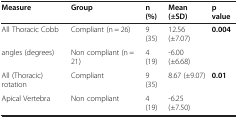
<table><thead><tr><td><b>Measure</b></td><td><b>Group</b></td><td><b>n (%)</b></td><td><b>Mean (±SD)</b></td><td><b>p value</b></td></tr></thead><tbody><tr><td>All Thoracic Cobb</td><td>Compliant (n = 26)</td><td>9 (35)</td><td>12.56 (±7.07)</td><td rowspan="2"><b>0.004</b></td></tr><tr><td>angles (degrees)</td><td>Non compliant (n = 21)</td><td>4 (19)</td><td>-6.00 (±6.68)</td></tr><tr><td>All (Thoracic) rotation</td><td>Compliant</td><td>9 (35)</td><td>8.67 (±9.07)</td><td rowspan="2"><b>0.01</b></td></tr><tr><td>Apical Vertebra</td><td>Non compliant</td><td>4 (19)</td><td>-6.25 (±7.50)</td></tr></tbody></table>